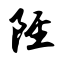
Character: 陉